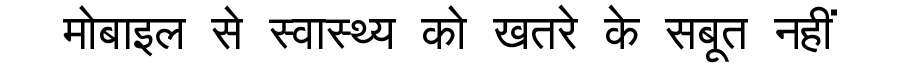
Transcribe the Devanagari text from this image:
मोबाइल से स्वास्थ्य को खतरे के सबूत नहीं